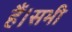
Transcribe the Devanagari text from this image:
हैं।सभी